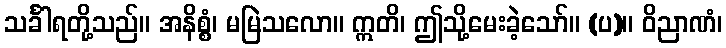
သင်္ခါရတို့သည်။ အနိစ္စံ၊ မမြဲသလော။ ဣတိ၊ ဤသို့မေးခဲ့သော်။ (ပ)။ ဝိညာဏံ၊